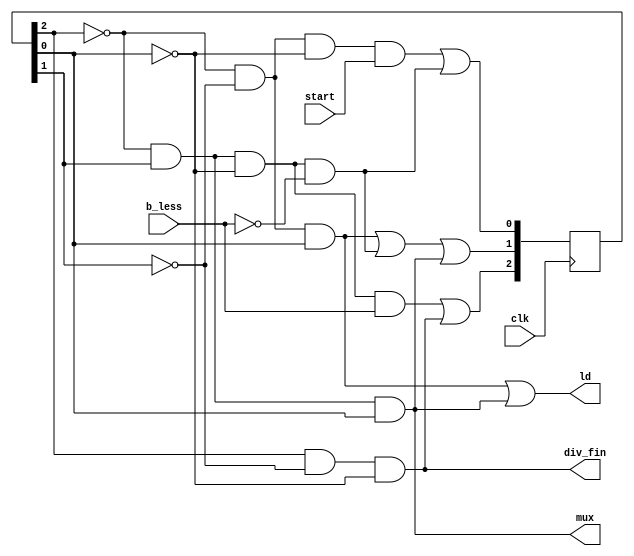
module DIV_control(ld, mux, div_fin, start, b_less, clk);
input start, b_less, clk;
output ld, mux, div_fin;
reg [2:0] R;
wire [2:0] N;

wire wAnd6, wAnd9;	//n2
wire wAnd3, wAnd5, wAnd7; //n1
wire wAnd1;		//n0

and(wAnd6, ~R[2], R[1], ~R[0], b_less);
and(wAnd9, R[2], ~R[1], ~R[0]);
or(N[2], wAnd6, wAnd9);

and(wAnd3, ~R[2], ~R[1], R[0]);
and(wAnd5, ~R[2], R[1], ~R[0], ~b_less);
and(wAnd7, ~R[2], R[1], R[0]); 
or(N[1], wAnd3, wAnd5, wAnd7);

and(wAnd1, ~R[2], ~R[1], ~R[0], start);
or(N[0], wAnd1, wAnd5);

or(ld, wAnd3, wAnd7);

or(mux, wAnd7, 1'b0);

or(div_fin, wAnd9, 1'b0);


initial begin
R = 3'b000;
end


always @ (posedge clk)
begin
R <= N;
end

endmodule